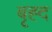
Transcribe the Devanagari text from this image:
बृह्द